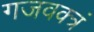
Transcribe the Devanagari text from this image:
गजवक्त्रं